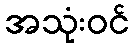
အသုံးဝင်